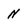
Character: N